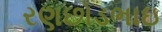
રણછોડભાઇ